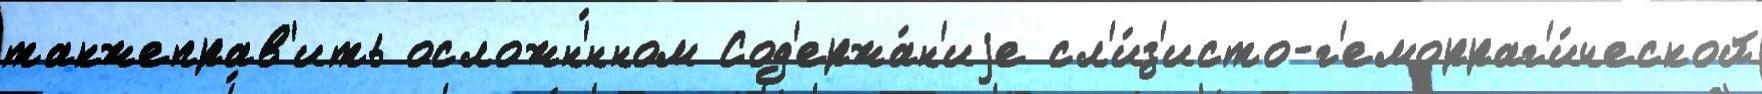
такжеправ'ить осложн'́нном Сод'ержа́н'иjе сл'и́з'исто-г'еморраг'и́ческой